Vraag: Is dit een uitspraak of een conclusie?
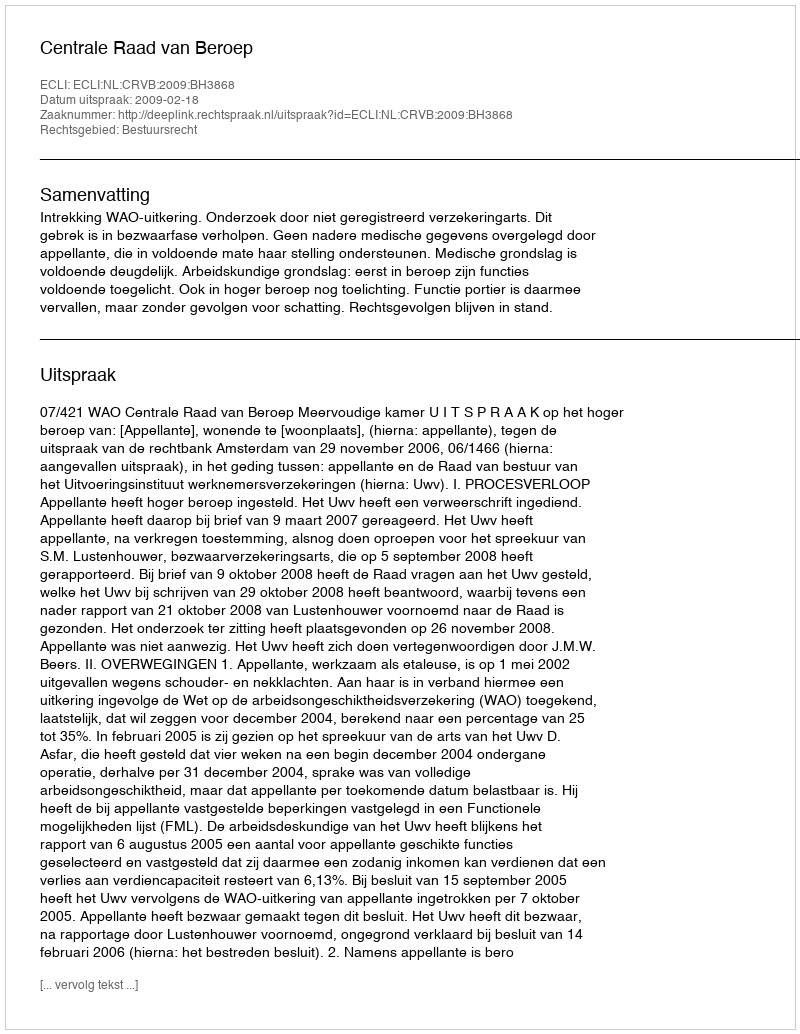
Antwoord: Uitspraak